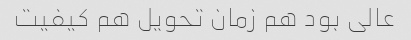
عالی بود هم زمان تحویل هم کیفیت